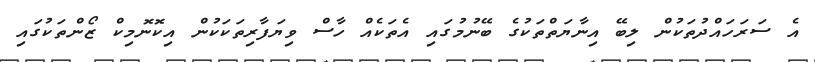
އެ ސަރަހައްދުތަކުން ލިބޭ އިނާޔަތްތަކުގެ ބޭނުމުގައި އެތަކެއް ހާސް ވިޔަފާރިތަކަކުން އިކޮނޮމިކް ޒޯންތަކުގައި